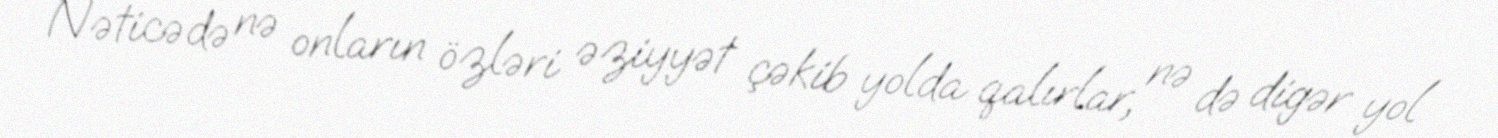
Nəticədə nə onların özləri əziyyət çəkib yolda qalırlar, nə də digər yol